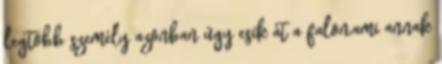
legtöbb személy azonban úgy esik át a falon,ami annak